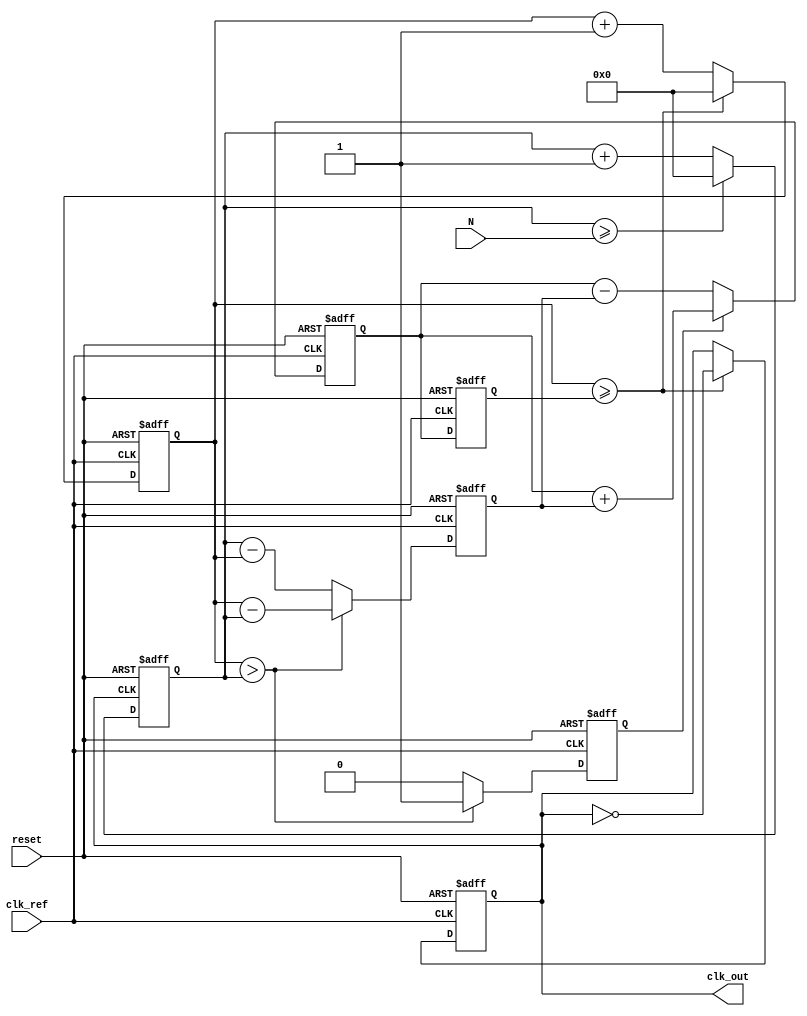
module PLL (
    input wire clk_ref,        // Reference clock input
    input wire reset,          // Reset signal
    input wire [7:0] N,        // Division factor (programmable)
    output reg clk_out         // Output clock
);

// Internal signals
reg [7:0] phase_error;        // Phase error signal
reg [7:0] control_voltage;     // Control voltage from charge pump
reg [7:0] vco_output;          // VCO output frequency
reg [7:0] vco_count;           // VCO counter
reg [7:0] divider_count;       // Divider counter
reg phase_detected;            // Phase detected flag

// Phase Detector
always @(posedge clk_ref or posedge reset) begin
    if (reset) begin
        phase_error <= 0;
        phase_detected <= 0;
    end else begin
        // Simple phase detection logic
        if (vco_count > divider_count) begin
            phase_error <= vco_count - divider_count;
            phase_detected <= 1;
        end else begin
            phase_error <= divider_count - vco_count;
            phase_detected <= 0;
        end
    end
end

// Charge Pump
always @(posedge clk_ref or posedge reset) begin
    if (reset) begin
        control_voltage <= 0;
    end else begin
        // Charge pump logic
        if (phase_detected) begin
            control_voltage <= control_voltage + phase_error; // Increase control voltage
        end else begin
            control_voltage <= control_voltage - phase_error; // Decrease control voltage
        end
    end
end

// Loop Filter (Simple RC filter approximation)
always @(posedge clk_ref or posedge reset) begin
    if (reset) begin
        vco_output <= 0;
    end else begin
        // Loop filter smoothing
        vco_output <= control_voltage; // For simplicity, assume direct mapping
    end
end

// Voltage-Controlled Oscillator (VCO)
always @(posedge clk_ref or posedge reset) begin
    if (reset) begin
        vco_count <= 0;
        clk_out <= 0;
    end else begin
        // VCO logic (simple counter)
        vco_count <= vco_count + 1;
        if (vco_count >= vco_output) begin
            clk_out <= ~clk_out; // Toggle output clock
            vco_count <= 0; // Reset VCO counter
        end
    end
end

// Frequency Divider
always @(posedge clk_out or posedge reset) begin
    if (reset) begin
        divider_count <= 0;
    end else begin
        divider_count <= divider_count + 1;
        if (divider_count >= N) begin
            divider_count <= 0; // Reset counter to achieve division
        end
    end
end

endmodule